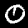
Digit: 0